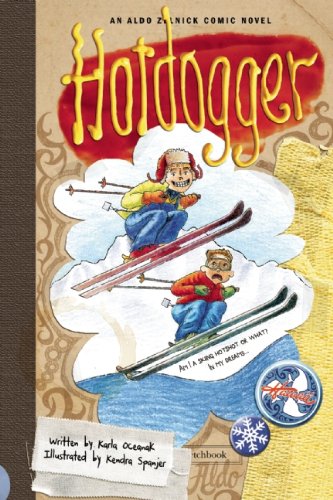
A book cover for Hotdogger (The Aldo Zelnick Comic Novel Series); Karla Oceanak; Children's Books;